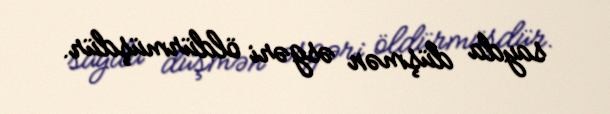
sayda düşmən əsgəri öldürmüşdür.